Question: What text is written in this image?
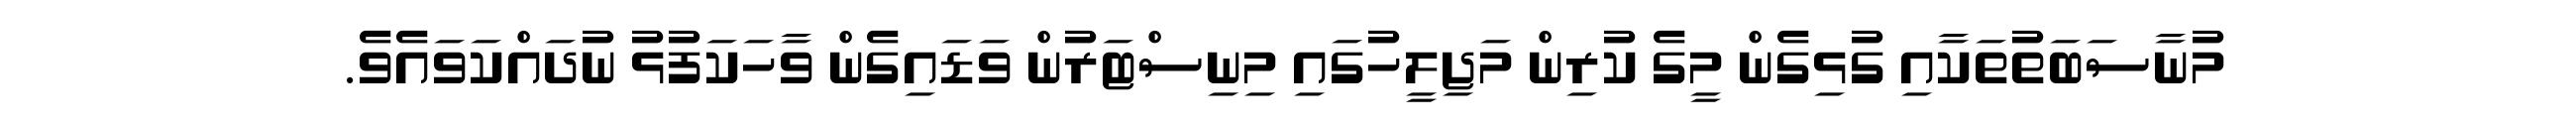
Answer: މުނާސަބަތުތަކާއި ގުޅިގެން މީގެ ކުރިން މަޖިލީހުގައި މިނިސްޓަރުން ވަޑައިގެން ވާހަކަފުޅު ނުދައްކަވައެވެ.